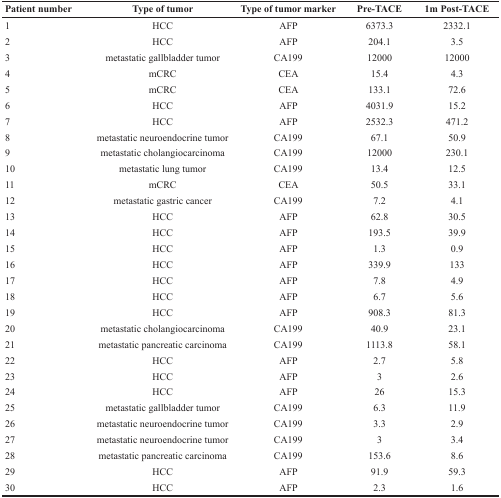
| Patient number | Type of tumor | Type of tumor marker | Pre-TACE | 1m Post-TACE |
 | --- | --- | --- | --- | --- |
 | 1 | HCC | AFP | 6373.3 | 2332.1 |
 | 2 | HCC | AFP | 204.1 | 3.5 |
 | 3 | metastatic gallbladder tumor | CA199 | 12000 | 12000 |
 | 4 | mCRC | CEA | 15.4 | 4.3 |
 | 5 | mCRC | CEA | 133.1 | 72.6 |
 | 6 | HCC | AFP | 4031.9 | 15.2 |
 | 7 | HCC | AFP | 2532.3 | 471.2 |
 | 8 | metastatic neuroendocrine tumor | CA199 | 67.1 | 50.9 |
 | 9 | metastatic cholangiocarcinoma | CA199 | 12000 | 230.1 |
 | 10 | metastatic lung tumor | CA199 | 13.4 | 12.5 |
 | 11 | mCRC | CEA | 50.5 | 33.1 |
 | 12 | metastatic gastric cancer | CA199 | 7.2 | 4.1 |
 | 13 | HCC | AFP | 62.8 | 30.5 |
 | 14 | HCC | AFP | 193.5 | 39.9 |
 | 15 | HCC | AFP | 1.3 | 0.9 |
 | 16 | HCC | AFP | 339.9 | 133 |
 | 17 | HCC | AFP | 7.8 | 4.9 |
 | 18 | HCC | AFP | 6.7 | 5.6 |
 | 19 | HCC | AFP | 908.3 | 81.3 |
 | 20 | metastatic cholangiocarcinoma | CA199 | 40.9 | 23.1 |
 | 21 | metastatic pancreatic carcinoma | CA199 | 1113.8 | 58.1 |
 | 22 | HCC | AFP | 2.7 | 5.8 |
 | 23 | HCC | AFP | 3 | 2.6 |
 | 24 | HCC | AFP | 26 | 15.3 |
 | 25 | metastatic gallbladder tumor | CA199 | 6.3 | 11.9 |
 | 26 | metastatic neuroendocrine tumor | CA199 | 3.3 | 2.9 |
 | 27 | metastatic neuroendocrine tumor | CA199 | 3 | 3.4 |
 | 28 | metastatic pancreatic carcinoma | CA199 | 153.6 | 8.6 |
 | 29 | HCC | AFP | 91.9 | 59.3 |
 | 30 | HCC | AFP | 2.3 | 1.6 |